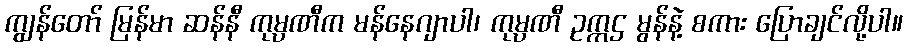
ကျွန်တော် မြန်မာ ဆန်နီ ကုမ္ပဏီက မန်နေဂျာပါ၊ ကုမ္ပဏီ ဥက္ကဌ မွန်နဲ့ စကား ပြောချင်လို့ပါ။